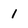
Character: 1